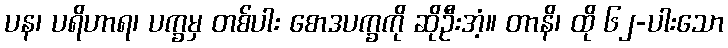
ပန၊ ပရိဟာရ၊ ပက္ခမှ တစ်ပါး စောဒပက္ခကို ဆိုဦးအံ့။ တာနိ၊ ထို ၆၂-ပါးသော